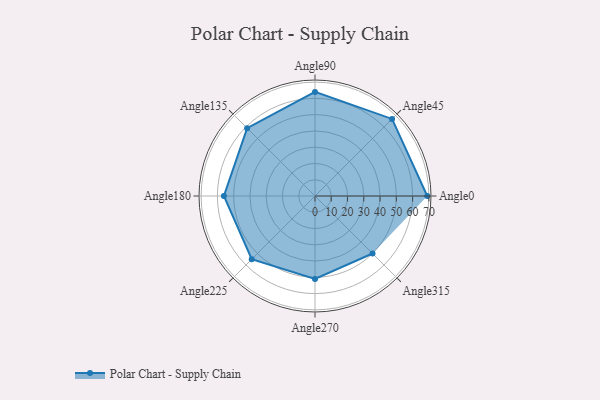
{"axis": {"x": "Angle", "y": "Radius"}, "legend": [""], "data": [{"x": "Angle0", "y": 69.0, "type": ""}, {"x": "Angle45", "y": 67.0, "type": ""}, {"x": "Angle90", "y": 64.0, "type": ""}, {"x": "Angle135", "y": 59.0, "type": ""}, {"x": "Angle180", "y": 56.0, "type": ""}, {"x": "Angle225", "y": 55.0, "type": ""}, {"x": "Angle270", "y": 51.0, "type": ""}, {"x": "Angle315", "y": 50, "type": ""}]}